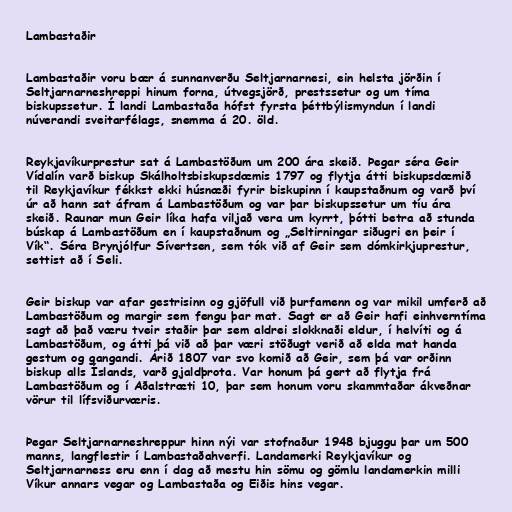
Lambastaðir

Lambastaðir voru bær á sunnanverðu Seltjarnarnesi, ein helsta jörðin í
Seltjarnarneshreppi hinum forna, útvegsjörð, prestssetur og um tíma
biskupssetur. Í landi Lambastaða hófst fyrsta þéttbýlismyndun í landi
núverandi sveitarfélags, snemma á 20. öld.

Reykjavíkurprestur sat á Lambastöðum um 200 ára skeið. Þegar séra Geir
Vídalín varð biskup Skálholtsbiskupsdæmis 1797 og flytja átti biskupsdæmið
til Reykjavíkur fékkst ekki húsnæði fyrir biskupinn í kaupstaðnum og varð því
úr að hann sat áfram á Lambastöðum og var þar biskupssetur um tíu ára
skeið. Raunar mun Geir líka hafa viljað vera um kyrrt, þótti betra að stunda
búskap á Lambastöðum en í kaupstaðnum og „Seltirningar siðugri en þeir í
Vík“. Séra Brynjólfur Sívertsen, sem tók við af Geir sem dómkirkjuprestur,
settist að í Seli.

Geir biskup var afar gestrisinn og gjöfull við þurfamenn og var mikil umferð að
Lambastöðum og margir sem fengu þar mat. Sagt er að Geir hafi einhverntíma
sagt að það væru tveir staðir þar sem aldrei slokknaði eldur, í helvíti og á
Lambastöðum, og átti þá við að þar væri stöðugt verið að elda mat handa
gestum og gangandi. Árið 1807 var svo komið að Geir, sem þá var orðinn
biskup alls Íslands, varð gjaldþrota. Var honum þá gert að flytja frá
Lambastöðum og í Aðalstræti 10, þar sem honum voru skammtaðar ákveðnar
vörur til lífsviðurværis.

Þegar Seltjarnarneshreppur hinn nýi var stofnaður 1948 bjuggu þar um 500
manns, langflestir í Lambastaðahverfi. Landamerki Reykjavíkur og
Seltjarnarness eru enn í dag að mestu hin sömu og gömlu landamerkin milli
Víkur annars vegar og Lambastaða og Eiðis hins vegar.